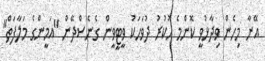
އޭނާ މިހެން ވިދާޅުވީ ކޮންމެ ހުކުރު ދުވަހަކު ވީޓީވީން ގެނެސްދޭން "އަމީންގެ މަލާފަތް"